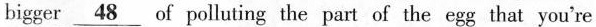
bigger \underline{48} of polluting the part of the egg that you're